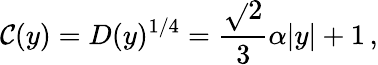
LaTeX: \mathcal{C}(y)=D(y)^{1/4}=\frac{{\sqrt{}{{2}}}}{{3}}\alpha|y|+1\, ,